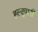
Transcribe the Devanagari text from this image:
हल्दुवानी